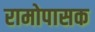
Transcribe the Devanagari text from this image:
रामोपासक